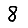
Digit: 8